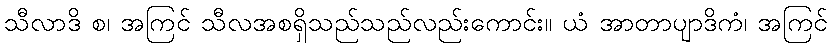
သီလာဒိ စ၊ အကြင် သီလအစရှိသည်သည်လည်းကောင်း။ ယံ အာတာပျာဒိကံ၊ အကြင်